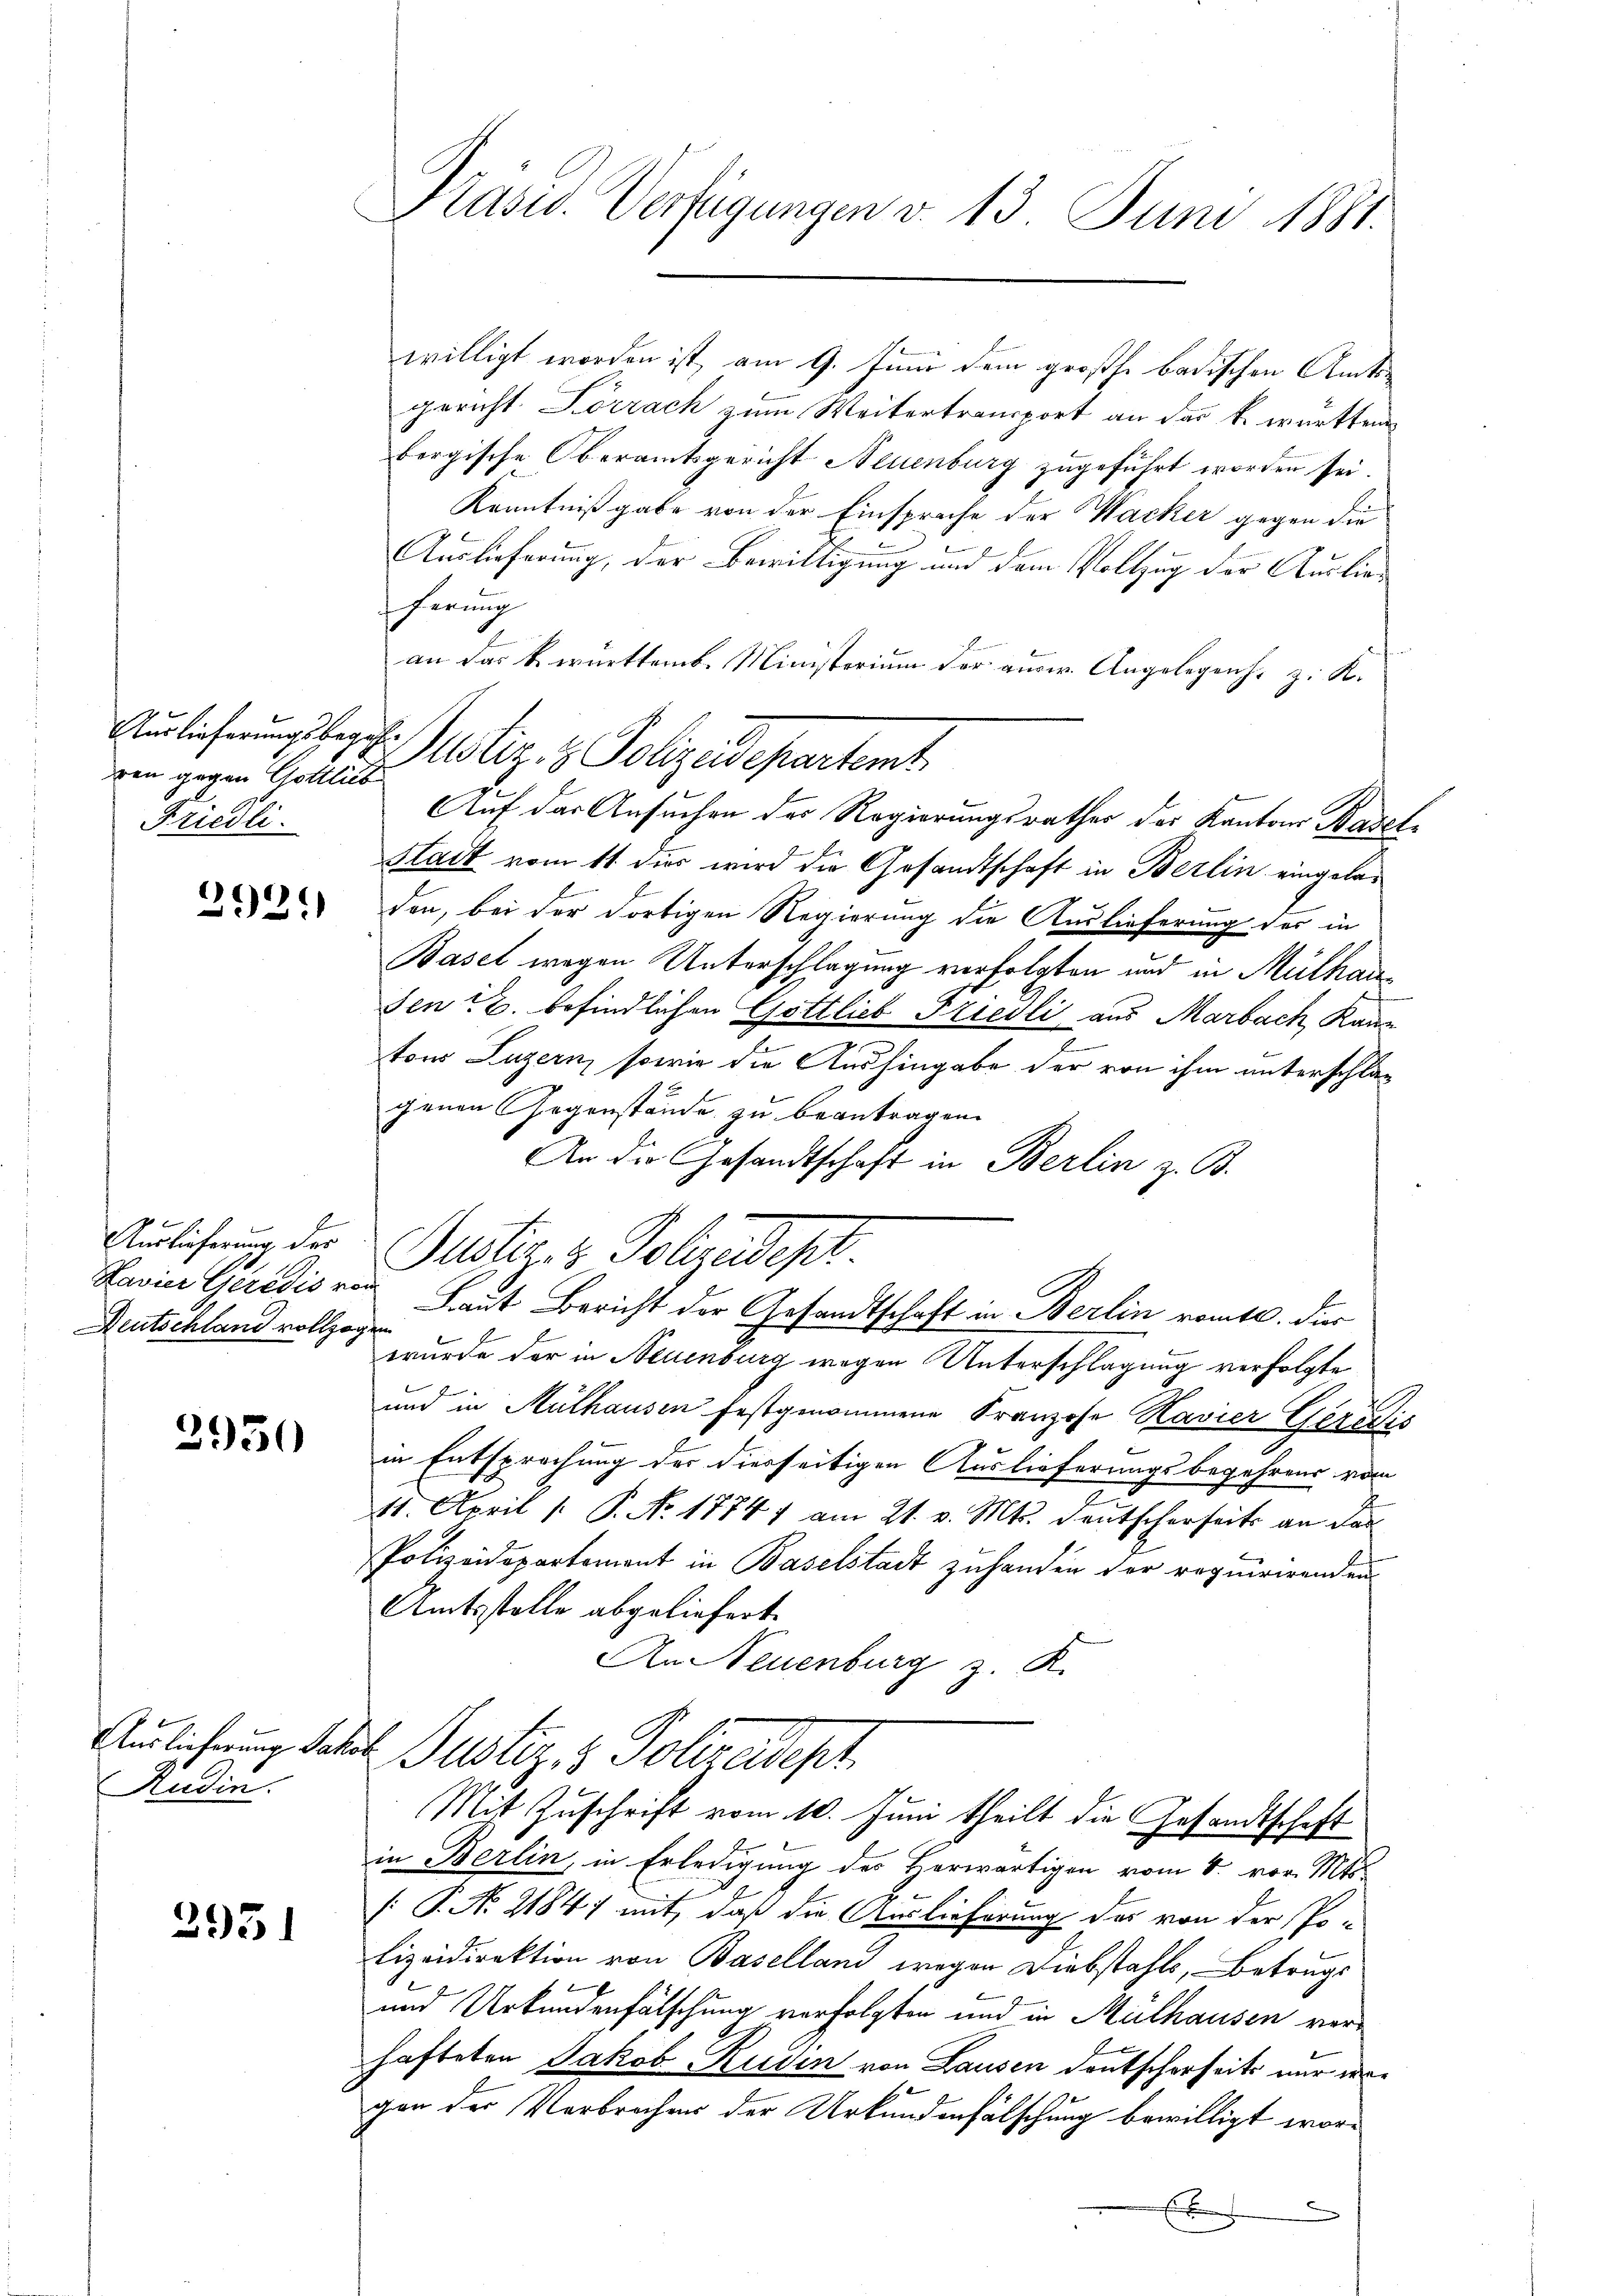
ren gegen Gottlieb
Friedli

392.)

Auslieferung der
Deutschland vollzogen

3930

Auslieferung Jako
Rudin.

2951

Præses. Verfügungen v. 13. Juni 1881.

willigt worden ist, am 9. Juni dem grosse badischen Amtsgericht Lörrach zum Weitertransport an das k. württem
bergische Oberamtsgericht Neuenburg zugeführt worden sei.
Kenntnißgabe von der Einsprache der Wacker gegen die
Auslieferung, der Bewilligung und dem Vollzug der Auslie-
fherung
an das k. württemb. Ministerium der ausw. Angelegens. z. K.
Auf der Ansuchen des Regierungsrathes der Kantons Basel¬
Stadt vom 11. dies wird die Gesandtschaft in Berlin eingeladen, bei der dortigen Regierung die Auslieferung der in
Basel wegen Unterschlagung verfolgten und in Mülhau
den 2. befindlichen Gottlieb Friedli aus Marbach kann
2
tons Luzern, sowie die Aushingabe der von ihm unterschlagenen Gegenstände zu beantragen.
An die Gesandtschaft in Berlin z. B.
Justiz- & Polizeidept.
Lavier Geredis von Laut Bericht der Gesandtschaft in Berlin romtl. der
wurde der in Neuenburg wegen Unterschlagung verfolgte
und in Mülhausen festgenommene Franzose Havier Geredis
in Entsprechung der diesseitigen Auslieferungsbegehrens vom
11. April /: P. Nr. 17741 am 21. v. Mts. deutscherseits an das
Polizeidepartement in Baselstadt zuhanden der requirirenden
Amtsstelle abgeliefert.
An Neuenburg z. R.
24. Justiz- & Polizeidept
Mit Zuschrift vom 10. Juni theilt die Gesandtschaft
in Berlin, in Erledigung des Herwärtigen vom 8. vor. Mts.
[: P. No. 2184; mit, daß die Auslieferung des von der Po-
lizeidirektion von Baselland wegen Diebstahls, Betrugs
und Urkundenfälschung verfolgten und in Mülhausen verhafteten Jakob Ruden von Lausen Deutscherheits nur ergen der Verbrechen der Urkundenfälschung bewilligt worx
E

Auslicherungsberg tiz & Polizeidepartemt